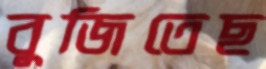
বুজিতেছ